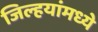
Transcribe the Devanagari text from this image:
जिल्हयांमध्ये